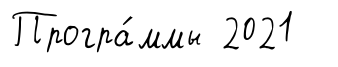
Програ́ммы 2021